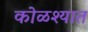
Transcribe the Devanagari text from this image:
कोळश्यात